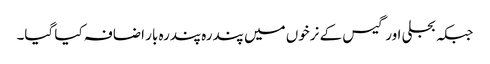
جبکہ بجلی اور گیس کے نرخوں میں پندرہ پندرہ بار اضافہ کیا گیا۔